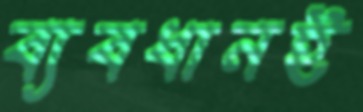
ব্যবধানই